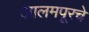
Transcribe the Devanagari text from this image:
आलमपूरचे